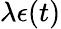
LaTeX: \lambda\epsilon(t)